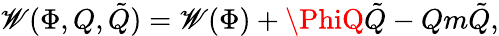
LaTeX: \mathscr{W}(\Phi,Q,\tilde{{Q}})=\mathscr{W}(\Phi)+\PhiQ\tilde{{Q}}-Qm\tilde{{Q}},